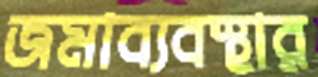
জমাব্যবস্থার